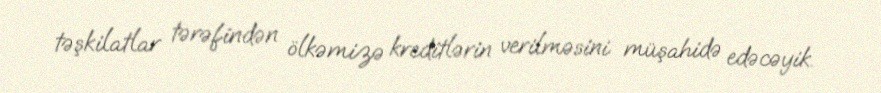
təşkilatlar tərəfindən ölkəmizə kreditlərin verilməsini müşahidə edəcəyik.